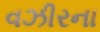
વઝીરના